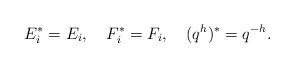
LaTeX: \begin{align*}E_i^* = E_i, \ \ \ F_i^* = F_i, \ \ \ (q^h)^* = q^{-h}.\end{align*}